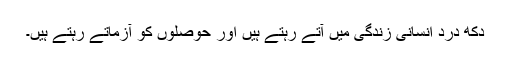
دکھ درد انسانی زندگی میں آتے رہتے ہیں اور حوصلوں کو آزماتے رہتے ہیں۔